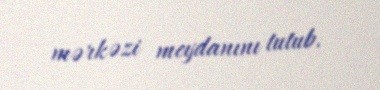
mərkəzi meydanını tutub.